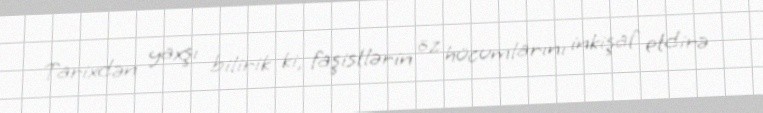
Tarixdən yaxşı bilirik ki, faşistlərin öz hücumlarını inkişaf etdirə